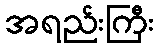
အရည်းကြီး